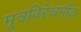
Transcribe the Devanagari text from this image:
मूत्रविरेचनीय